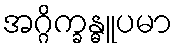
အဂ္ဂိက္ခန္ဓူပမာ